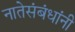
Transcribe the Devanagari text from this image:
नातेसंबंधांनी